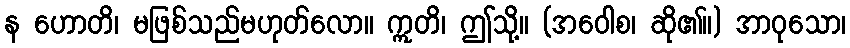
န ဟောတိ၊ မဖြစ်သည်မဟုတ်လော။ ဣတိ၊ ဤသို့။ (အဝေါစ၊ ဆို၏။) အာဝုသော၊